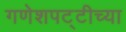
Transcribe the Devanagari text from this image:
गणेशपट्टीच्या